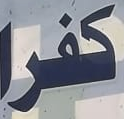
كفر